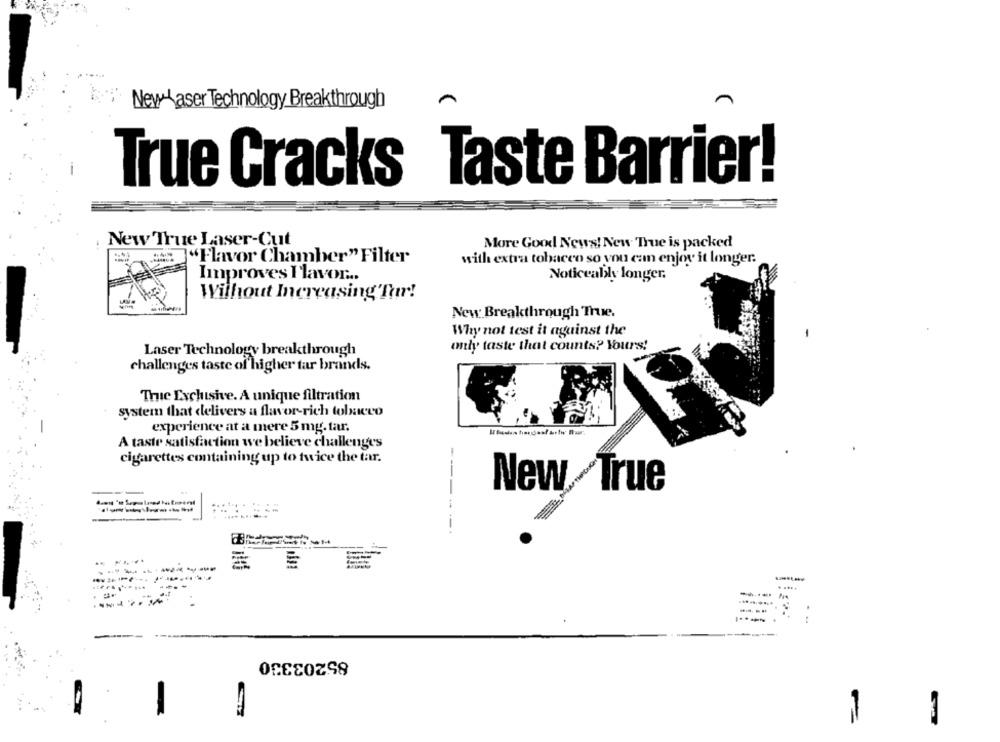
New4 aser Technology Breakthrough
True Cracks Taste Barrier!
New True Laser-Cut
More Good News! New: True is packed
"Flavor Chamber" Filter
with extra tobacco so you can enjoy it longer.
Improves Flavor ...
Noticeably longer.
Without Increasing for!
New Breakthrough True.
Why not test it against the
only taste that counts? Yours!
Laser Technology breakthrough
challenges taste of higher tar brands.
True Exclusive. A unique filtration
system that delivers a flavor-rich tobacco
experience at a mere 5 mg. tar.
A taste satisfaction we believe challenges
cigarettes containing up to twice the tar.
New True
------
------
. ....
85203330